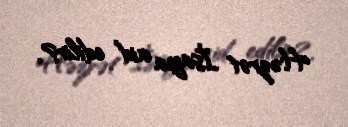
Həzrət İsaya aid edilir?.